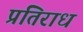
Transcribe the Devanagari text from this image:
प्रतिराध